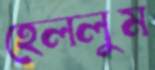
হেললুম